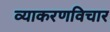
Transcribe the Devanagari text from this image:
व्याकरणविचार